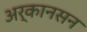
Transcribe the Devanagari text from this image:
अर्कानसन